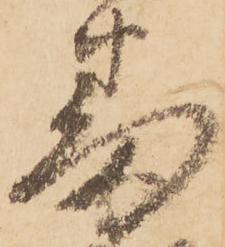
蕃